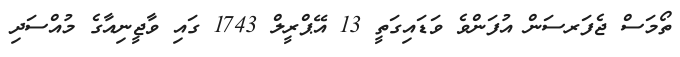
ތޯމަސް ޖެފަރސަން އުފަންވެ ވަޑައިގަތީ 13 އޭޕްރީލް 1743 ގައި ވާޖީނިއާގެ މުއްސަދި